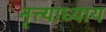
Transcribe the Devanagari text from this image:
नृत्त्याध्याय